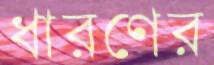
ধারণের